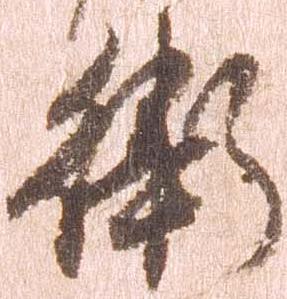
衛